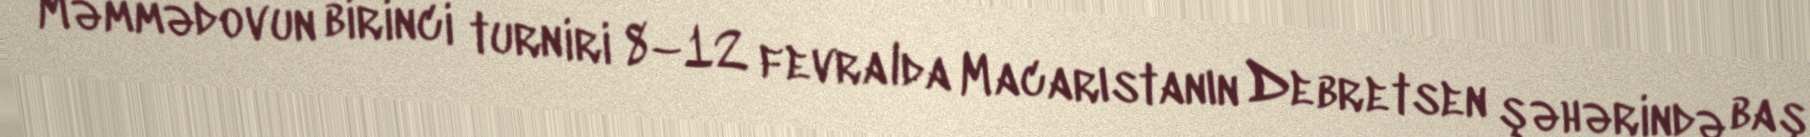
Məmmədovun birinci turniri 8–12 fevralda Macarıstanın Debretsen şəhərində baş